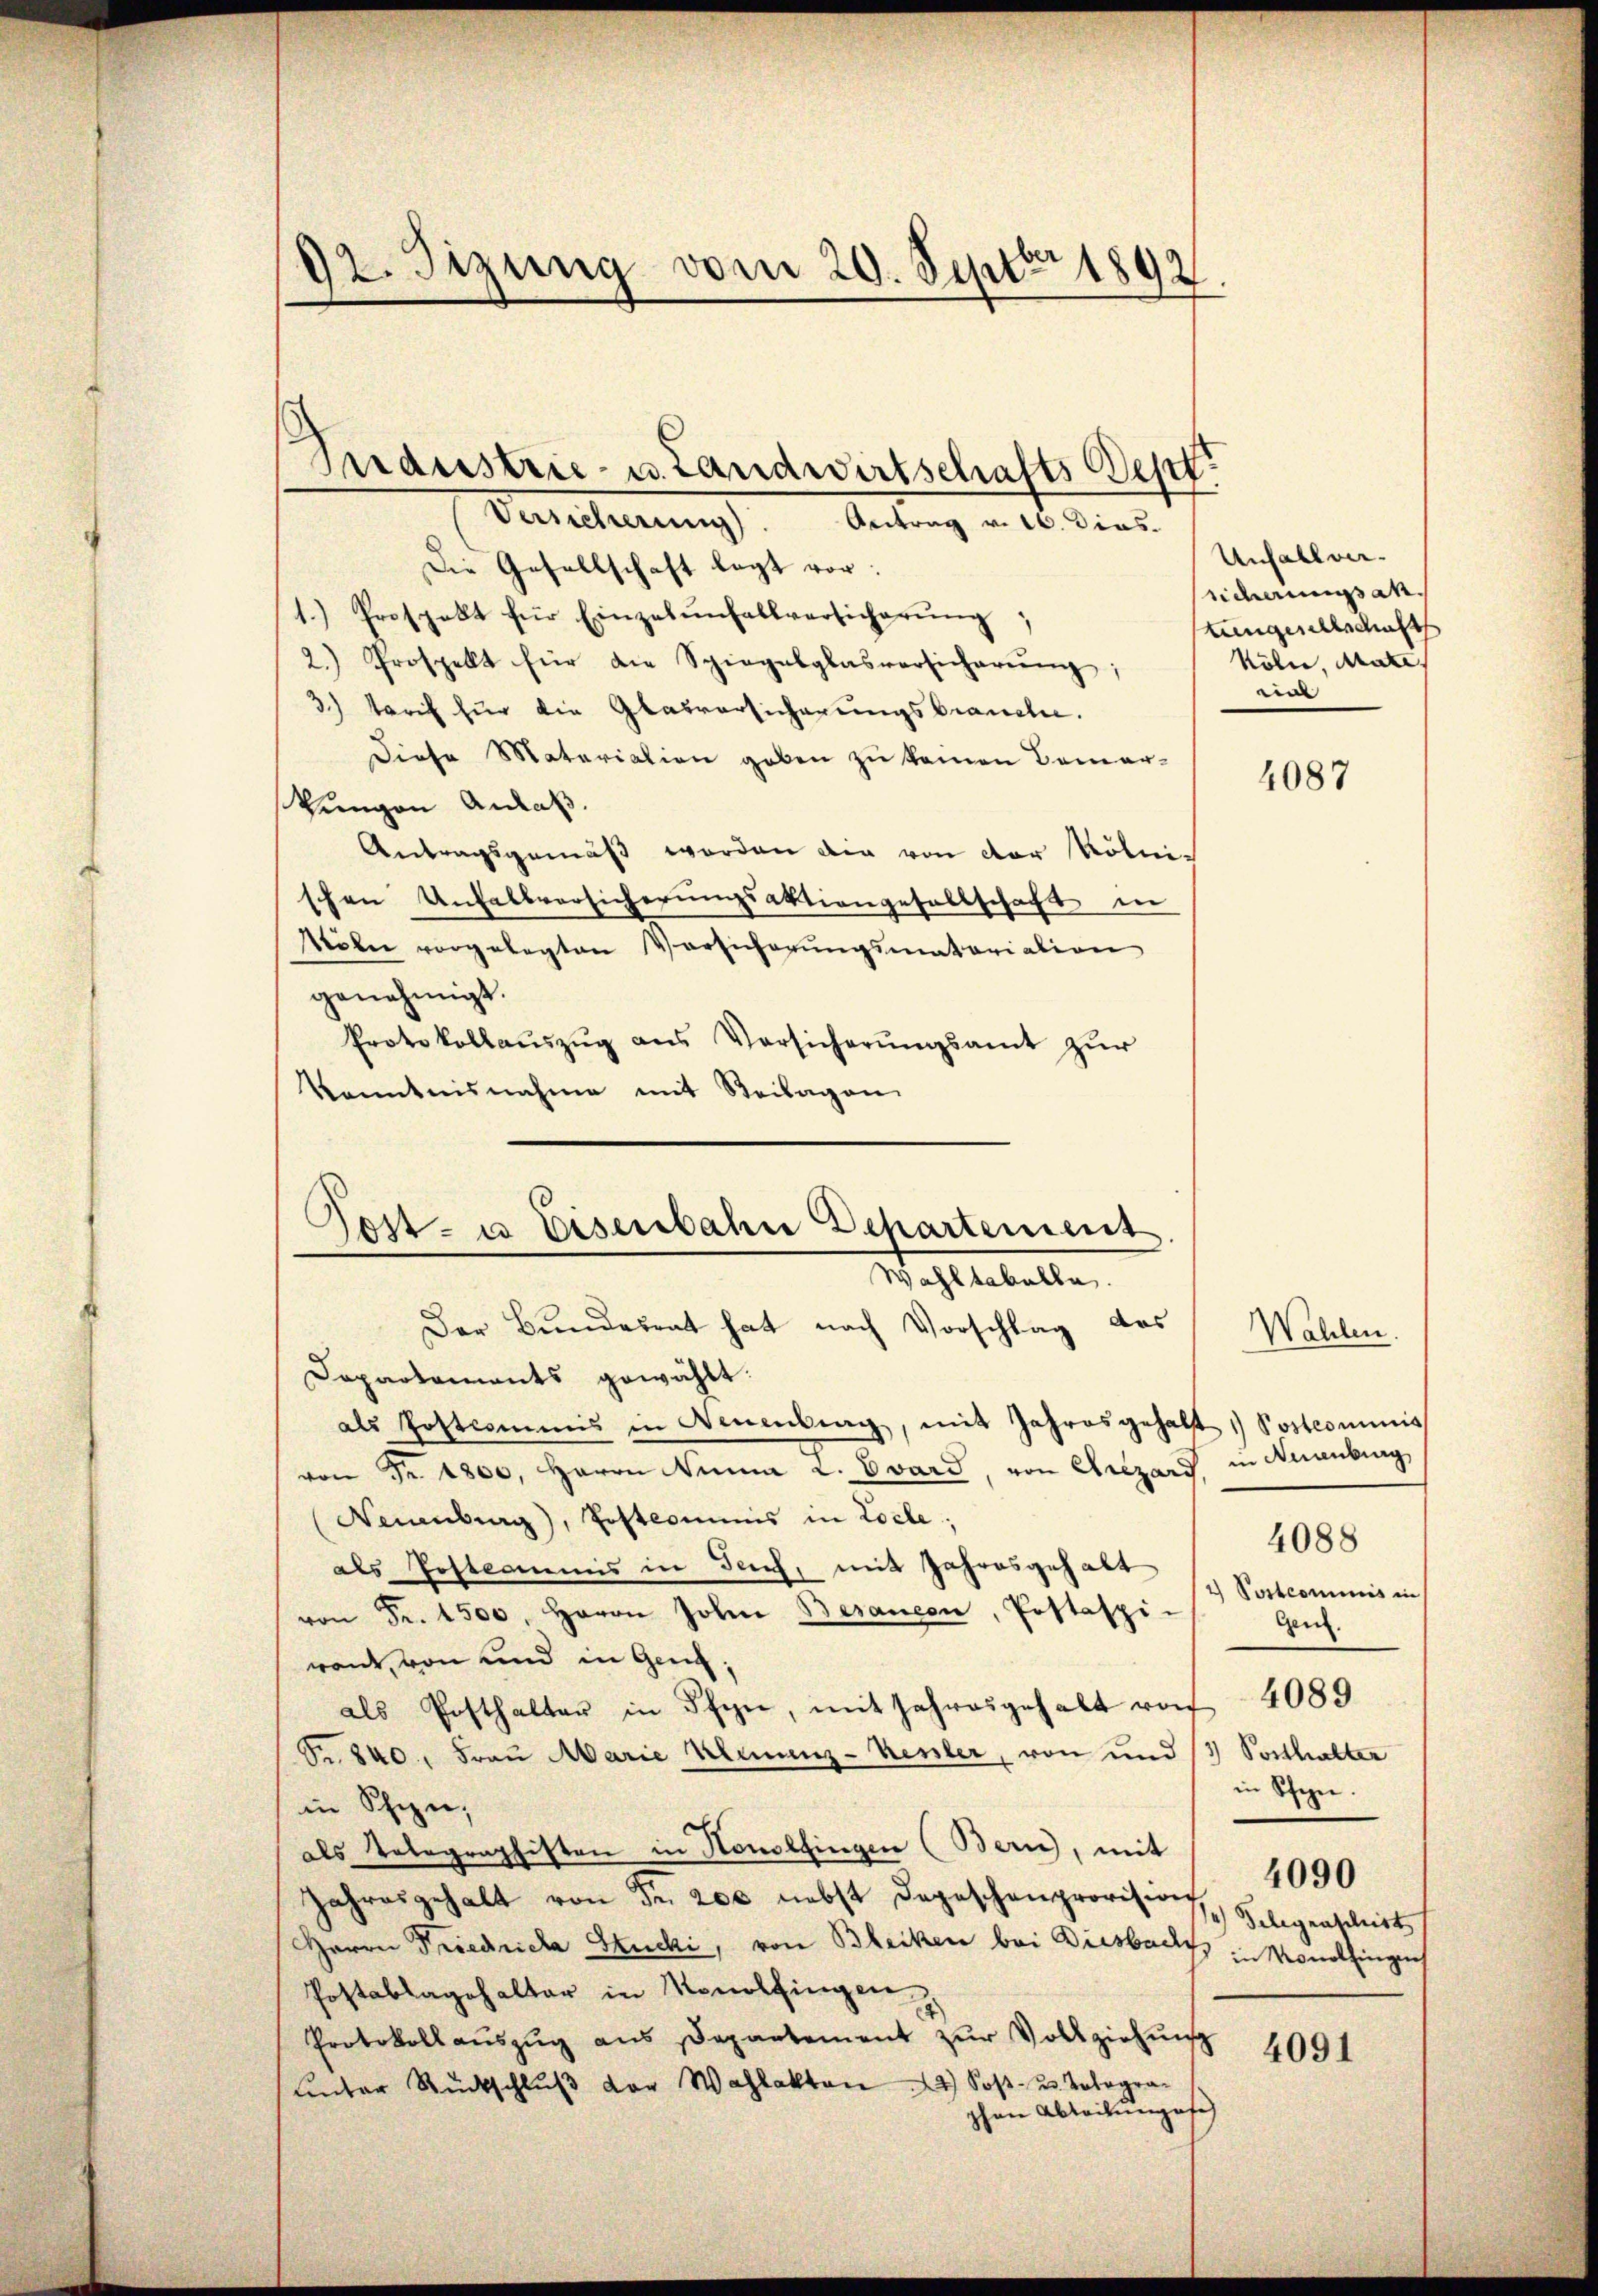
92. Sizung vom 20. Septbr 1892

Industrie- u. Landwirtschafts Sept.
Versicherung). Antrag v. 16. Dies

Die Gesellschaft legt vor:
1.) Prospekt für Einzelenfallversicherung
2.) Prospekt für die Spiegelglasversicherŭng,
3.) Tarif für die Glasversicherungsbrauche.
Diese Materiation geben zu keinen Bemer-
Reingen Anlaß.
Antragsgemäβ worden die von der Kölni-
schen Unfallversicherŭngsaktiengesellschaft in
Noln vorgelegten Versicherŭngsmatariation
genehmigt.
Protokollaŭszŭg ans Versicherŭngsamt zŭr
kanntnisnahme mit Steilagen
Der Bundesrat hat nach Vorschlag das
Dapartements gewählt:
als Postcommis in Neuenburg, mit Jahres gehalt Postcommis
von Fr. 1800. Herrn Nina u. Evard, von Crezard in Neuenburg
Neuenburg), Postcommis in Locle;
als Postcommis in Teich, mit Jahresgehalt
von Fr. 1500. Herrn Johne Besauern, Postaspi
ront, von und in Gend
als Posthalten in Pfyn, mit Jahresgehalt von
S. 840, Frau Marie Klinienz-Kenler, von und 13 Posthalter
in Schin,
als Telegraphisten in Honolfingen (Bern, mit
Jahresgehalt von Fr. 200 nebst Depeschenprovision,
Herrn Friedriche Stucki, von Bleiken bei Diesbach in Monolfingen
Postablagehalter in Monolfingen
Protokoll aŭszŭg ans Departement zŭr Vollziehŭng
unter Rückschlŭβ der Wahlakten 2) Post- u. Telegraphene Abteilungese

Post- u Eisenbahn Departement
Wohltabelle.

Unfallversicherungsak
Lungesellschaft
Köln, Mate
ial

4087

Wahlen.
4088
2) Postcommis in
Gen.
4089
in Pfen.
4090
Telegraschrist

4091